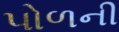
પોળની